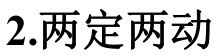
2.两定两动